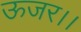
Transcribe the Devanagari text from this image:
ऊजर।।